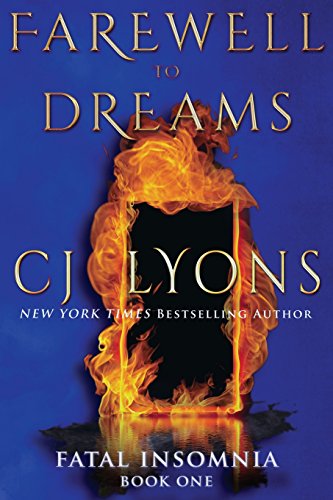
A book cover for Farewell To Dreams (Fatal Insomnia); CJ Lyons; Mystery, Thriller & Suspense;